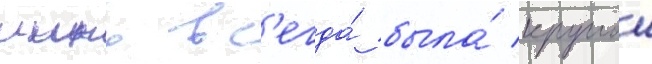
иино вс'егда́ была́ круглои